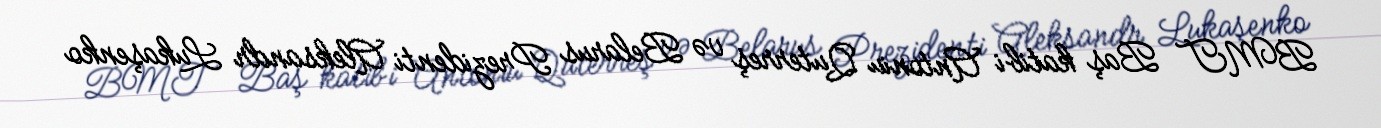
BMT Baş katibi Antoniu Quterreş və Belarus Prezidenti Aleksandr Lukaşenko